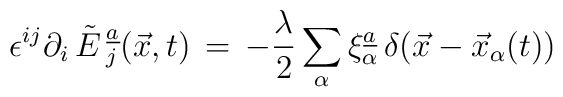
\epsilon\sp{ij}\partial_i\,\tilde{E}\,_j\sp{\underline{a}}(\vec{x},t)\,= \,-{\lambda\over 2}\sum\limits_{\alpha}\xi_{\alpha}\sp{\underline{a}}\,\delta(\vec{x}-\vec{x}_{\alpha}(t))